Annual report of the Imperial Bacteriologist
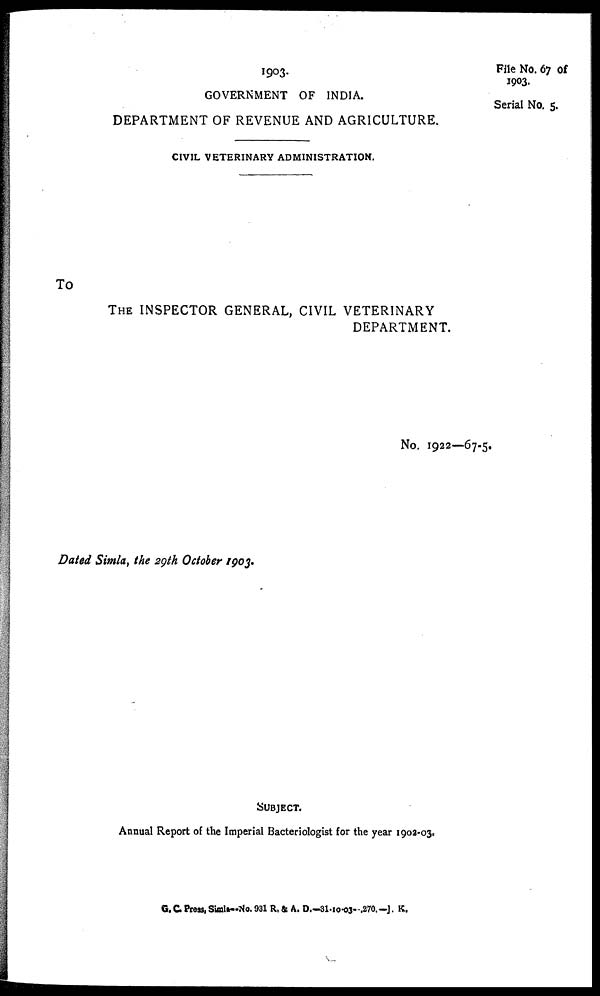
File No. 67 of
1903.
Serial No. 5.
1903.
GOVERNMENT OF INDIA.
DEPARTMENT OF REVENUE AND AGRICULTURE.
CIVIL VETERINARY ADMINISTRATION.
To
THE INSPECTOR GENERAL, CIVIL VETERINARY
DEPARTMENT.
No. 1922—67-5.
Dated Simla, the 29th October 1903.
SUBJECT.
Annual Report of the Imperial Bacteriologist for the year 1902-03.
G. C. Press, Simla—No. 931 R. & A. D.-31-10-03— .270. —]. K.